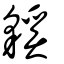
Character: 貕